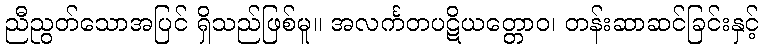
ညီညွတ်သောအပြင် ရှိသည်ဖြစ်မူ။ အလင်္ကတပဋိယတ္တောဝ၊ တန်းဆာဆင်ခြင်းနှင့်